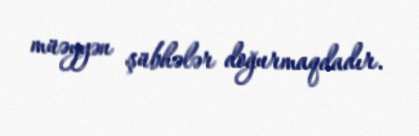
müəyyən şübhələr doğurmaqdadır.